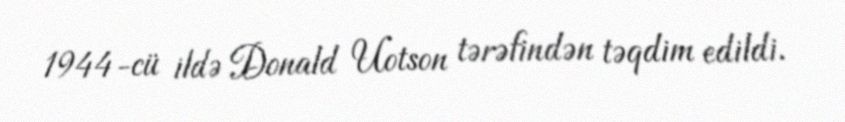
1944-cü ildə Donald Uotson tərəfindən təqdim edildi.